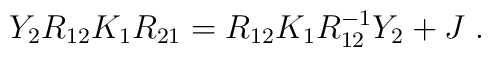
Y_{2} R_{12} K_{1} R_{21} =  R_{12} K_{1} R_{12}^{-1} Y_{2} + J \; .